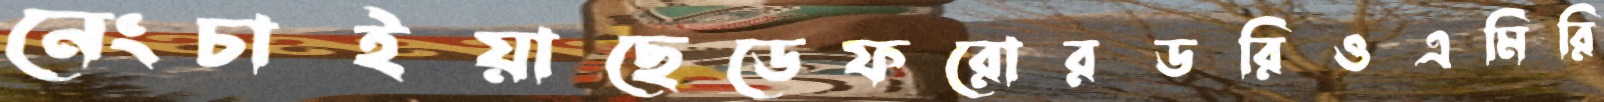
নেংচাইয়াছেডেফরোরডরিওএমিরি